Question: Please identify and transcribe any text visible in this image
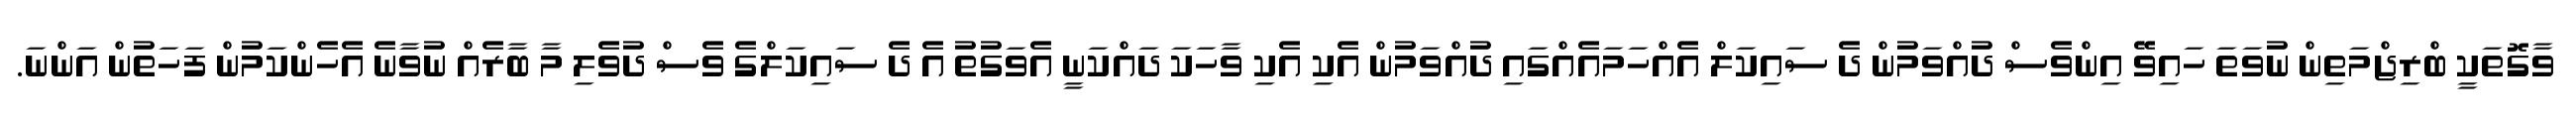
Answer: ވާގޮތަކީ ބްރިޖްމަތިން ނުވަތަ ހައިވޭ އިންވެސް ދުއްވަމުން ދެ ސައިކަލް އެއްހަމައެއްގައި ދުއްވަމުން އެކި އެކި ވާހަކަ ދައްކަނީ އެވަގުތު އެ ދެ ސައިކަލްގެ ވެސް ދުވެލި މާ ބާރެއް ނުވާނެ އެހެންކަމުން ފަހަތުން އަންނަ.